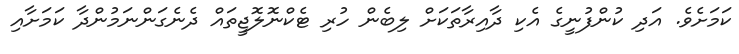
ކަމަށެވެ. އަދި ކުންފުނީގެ އެކި ދާއިރާތަކަށް ލިބެން ހުރި ޓެކްނޮލޮޖީތައް ދެނެގަންނަމުންދާ ކަމަށާއި